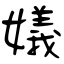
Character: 嬟